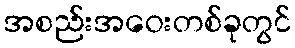
အစည်းအဝေးတစ်ခုတွင်